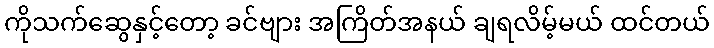
ကိုသက်ဆွေနှင့်တော့ ခင်ဗျား အကြိတ်အနယ် ချရလိမ့်မယ် ထင်တယ်